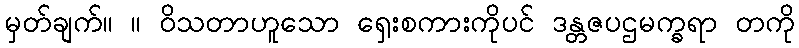
မှတ်ချက်။ ။ ဝိသတာဟူသော ရှေးစကားကိုပင် ဒန္တဇပဌမက္ခရာ တကို